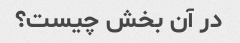
در آن بخش چیست؟